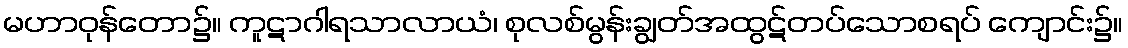
မဟာဝုန်တော၌။ ကူဋာဂါရသာလာယံ၊ စုလစ်မွန်းချွတ်အထွဋ်တပ်သောစရပ် ကျောင်း၌။